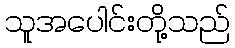
သူအပေါင်းတို့သည်